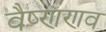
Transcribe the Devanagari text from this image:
वैष्णणव